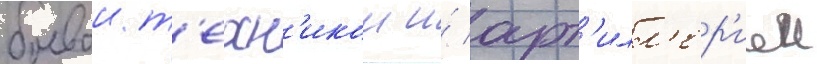
боевои т'ехн'икои и́ арт'илл'ер'иеи